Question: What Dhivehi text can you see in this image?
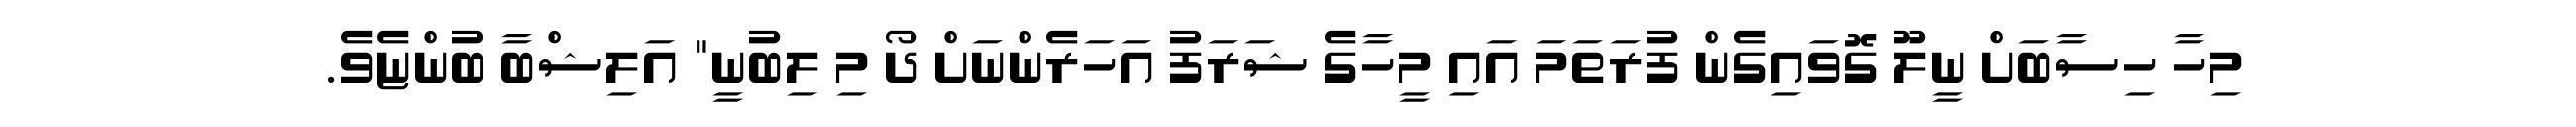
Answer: މިހާ ހިސާބަށް ނީލޫ ގޮވައިގެން ފުރަތަމަ އައި މީހާގެ ޝަރަފު އަހަރެންނަށް ދޯ މި ލިބުނީ" އަލިޝްބާ ބުންޏެވެ.